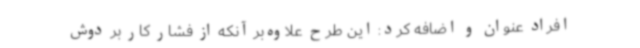
افراد عنوان و اضافه کرد: این طرح علاوه‌بر آنکه از فشار کار بر دوش